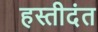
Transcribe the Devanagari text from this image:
हस्तीदंत